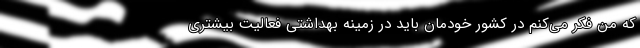
که من فکر می‌کنم در کشور خودمان باید در زمینه بهداشتی فعالیت بیشتری